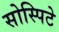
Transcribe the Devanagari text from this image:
सोस्पिटे